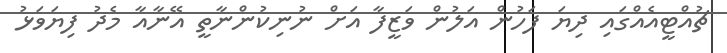
ޗުއްޓީއެއްގައި ދިޔަ ފަހުން އަލުން ވަޒީފާ އަށް ނުނިކުންނާތީ އޭނާއާ މެދު ފިޔަވަޅު